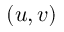
( u , v )